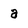
Character: a